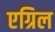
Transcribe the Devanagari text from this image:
एग्रिल